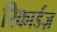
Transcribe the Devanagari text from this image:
रिकार्डज़